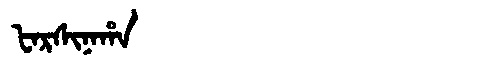
Manchu: ᡶᠠᡵᠰᡳᠨᠠᡥᠠ
Romanization: FARSINAHA